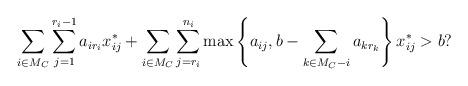
LaTeX: \begin{align*}\sum_{i \in M_C} \sum_{j=1}^{r_i - 1}a_{i r_i} x^*_{ij} + \sum_{i \in M_C} \sum_{j=r_i}^{n_i} \max \left\{a_{ij}, b - \sum_{k \in M_C - i} a_{k r_k} \right\} x^*_{ij} > b?\end{align*}